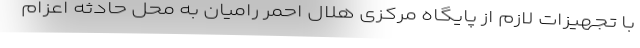
با تجهیزات لازم از پایگاه مرکزی هلال احمر رامیان به محل حادثه اعزام